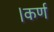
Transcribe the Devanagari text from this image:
।कर्ण